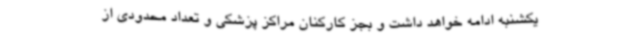
یکشنبه ادامه خواهد داشت و بجز کارکنان مراکز پزشکی و تعداد محدودی از